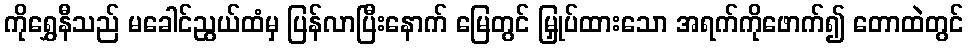
ကိုရွှေနီသည် မခေါင်ညွယ်ထံမှ ပြန်လာပြီးနောက် မြေတွင် မြှုပ်ထားသော အရက်ကိုဖောက်၍ တောထဲတွင်